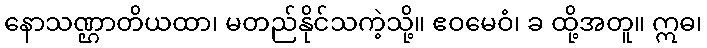
နောသဏ္ဌာတိယထာ၊ မတည်နိုင်သကဲ့သို့။ ဧဝမေဝံ၊ ခ ထို့အတူ။ ဣဓ၊